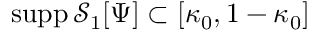
\mathrm { s u p p } \, \mathcal { S } _ { 1 } [ \Psi ] \subset [ \kappa _ { 0 } , 1 - \kappa _ { 0 } ]